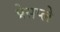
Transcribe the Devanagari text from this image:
प्रेसप्ले